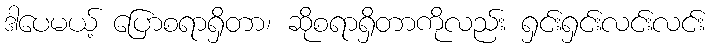
ဒါပေမယ့် ပြောစရာရှိတာ၊ ဆိုစရာရှိတာကိုလည်း ရှင်းရှင်းလင်းလင်း